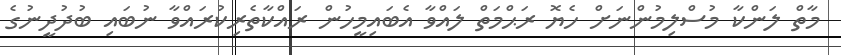
މާތް ލަންކާ މުސްލިމުންނަށް ހެޔޮ ރަޙްމަތް ލައްވާ އެބައިމީހުން ރައްކާތެރިކުރައްވާ ނުބައި ބުދުދީނުގެ